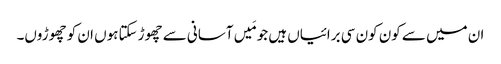
ان میں سے کون کون سی برائیاں ہیں جو مَیں آسانی سے چھوڑ سکتاہوں ان کو چھوڑوں۔